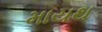
માયથ